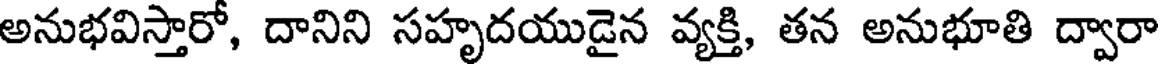
అనుభవిస్తారో, దానిని సహృదయుడైన వ్యక్తి, తన అనుభూతి ద్వారా